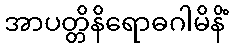
အာပတ္တိနိရောဓဂါမိနိံ